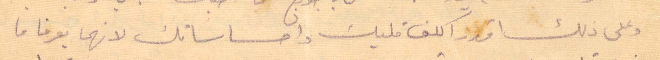
وعلى ذلك اقدر كلف قليك واحساساتك لانهما يعرفا ما